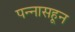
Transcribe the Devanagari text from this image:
पन्‍नासहून